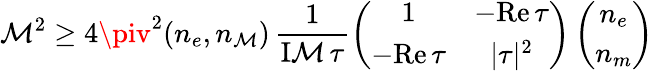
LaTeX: \mathcal{M}^{2}\geq4\piv^{2}(n_{e},n_{\mathcal{M}})\, \frac{{1}}{{\mathrm{{I\mathcal{M}}}\, \tau}}\left(\begin{array}{cc}{{1}}&{{-\mathrm{Re}\, \tau}}\\ {{-\mathrm{Re}\, \tau}}&{{|\tau|^{2}}}\end{array}\right)\left(\begin{array}{c}{{n_{e}}}\\ {{n_{m}}}\end{array}\right)